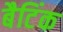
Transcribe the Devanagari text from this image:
बैटिंक